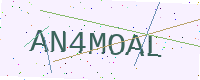
Text: AN4MOAL